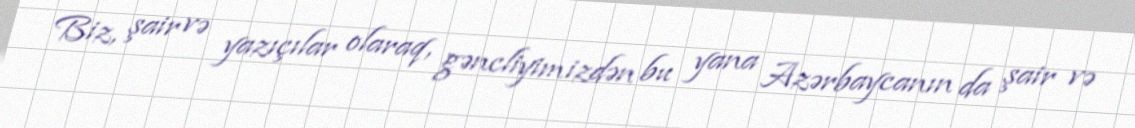
Biz, şair və yazıçılar olaraq, gəncliyimizdən bu yana Azərbaycanın da şair və